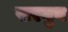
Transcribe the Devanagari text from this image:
सरगुन